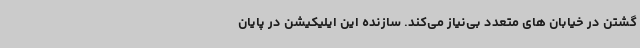
گشتن در خیابان های متعدد بی‌نیاز می‌کند. سازنده این ایلیکیشن در پایان